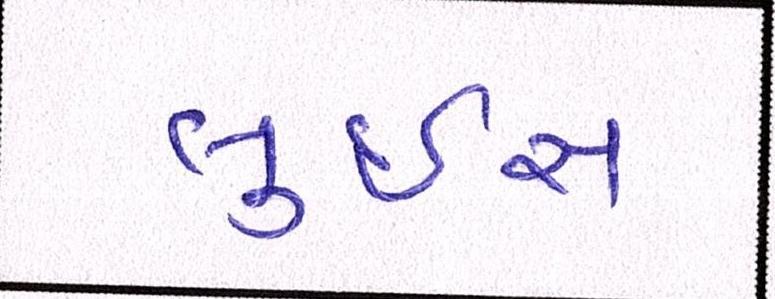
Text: લુઇસ